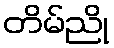
တိမ်ညို